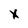
Character: X